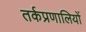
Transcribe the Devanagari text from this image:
तर्कप्रणालियों